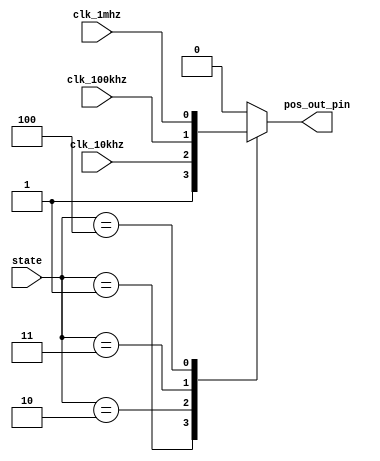
`timescale 1ns / 1ps
//////////////////////////////////////////////////////////////////////////////////
// Company: 
// Engineer: 
// 
// Design Name: 
// Module Name: OOK
// Project Name: 
// Target Devices: 
// Tool Versions: 
// Description: 
// 
// Dependencies: 
// 
// Revision:
// Revision 0.01 - File Created
// Additional Comments:
// 
//////////////////////////////////////////////////////////////////////////////////


module OOK(
    input [2:0] state,
    input clk_10khz,
    input clk_100khz,
    input clk_1mhz,
    output pos_out_pin
//    input clk_neg_10khz, 
//    input clk_neg_100khz,
//    input clk_neg_1mhz,
//    output neg_out_pin
    );
    
    reg pos_out; reg neg_out;
    
    assign pos_out_pin = pos_out;
//    assign neg_out_pin = neg_out;
    
    // Output Freq select
    always @ (*) begin
        case (state)
//            3'b001: begin pos_out <= 1; neg_out <= 0; end
//            3'b010: begin pos_out <= clk_10khz; neg_out <= clk_neg_10khz; end
//            3'b011: begin pos_out <= clk_100khz; neg_out <= clk_neg_100khz; end
//            3'b100: begin pos_out <= clk_1mhz; neg_out <= clk_neg_1mhz; end
//            default : begin pos_out <= 0; neg_out <= 1; end

                3'b001: begin pos_out <= 1; end
                3'b010: begin pos_out <= clk_10khz; end
                3'b011: begin pos_out <= clk_100khz; end
                3'b100: begin pos_out <= clk_1mhz; end
                default : begin pos_out <= 0;end
        endcase
    end
    
endmodule